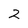
Character: 2